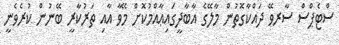
ސްޓެޕްސް ސާރވޭ ދައްކާގޮތުން މާލޭގެ އާބާދީގައިޢާއްމުކޮށް މޭވާ އާއި ތަރުކާރީ ބޭނުން ކުރެވެނީ